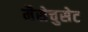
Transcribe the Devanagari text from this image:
मैसेचुसेट